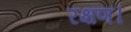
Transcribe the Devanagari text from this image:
रक्षण।